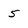
Character: 5